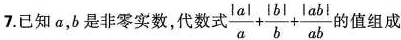
7.已知a，b是非零实数，代数式$$\frac {| a |} { a } + \frac {| b |} { b } + \frac {| a b |} { a b }$$的值组成